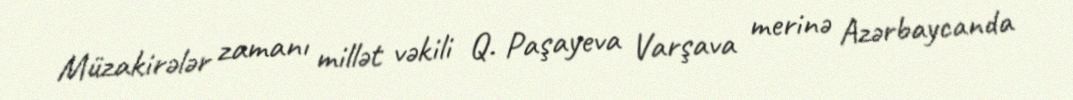
Müzakirələr zamanı millət vəkili Q. Paşayeva Varşava merinə Azərbaycanda